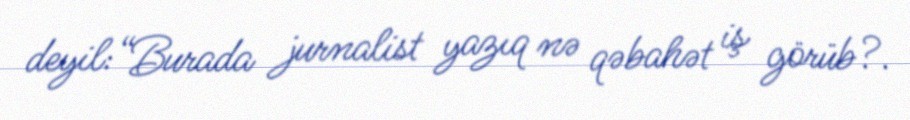
deyil:“Burada jurnalist yazıq nə qəbahət iş görüb?.